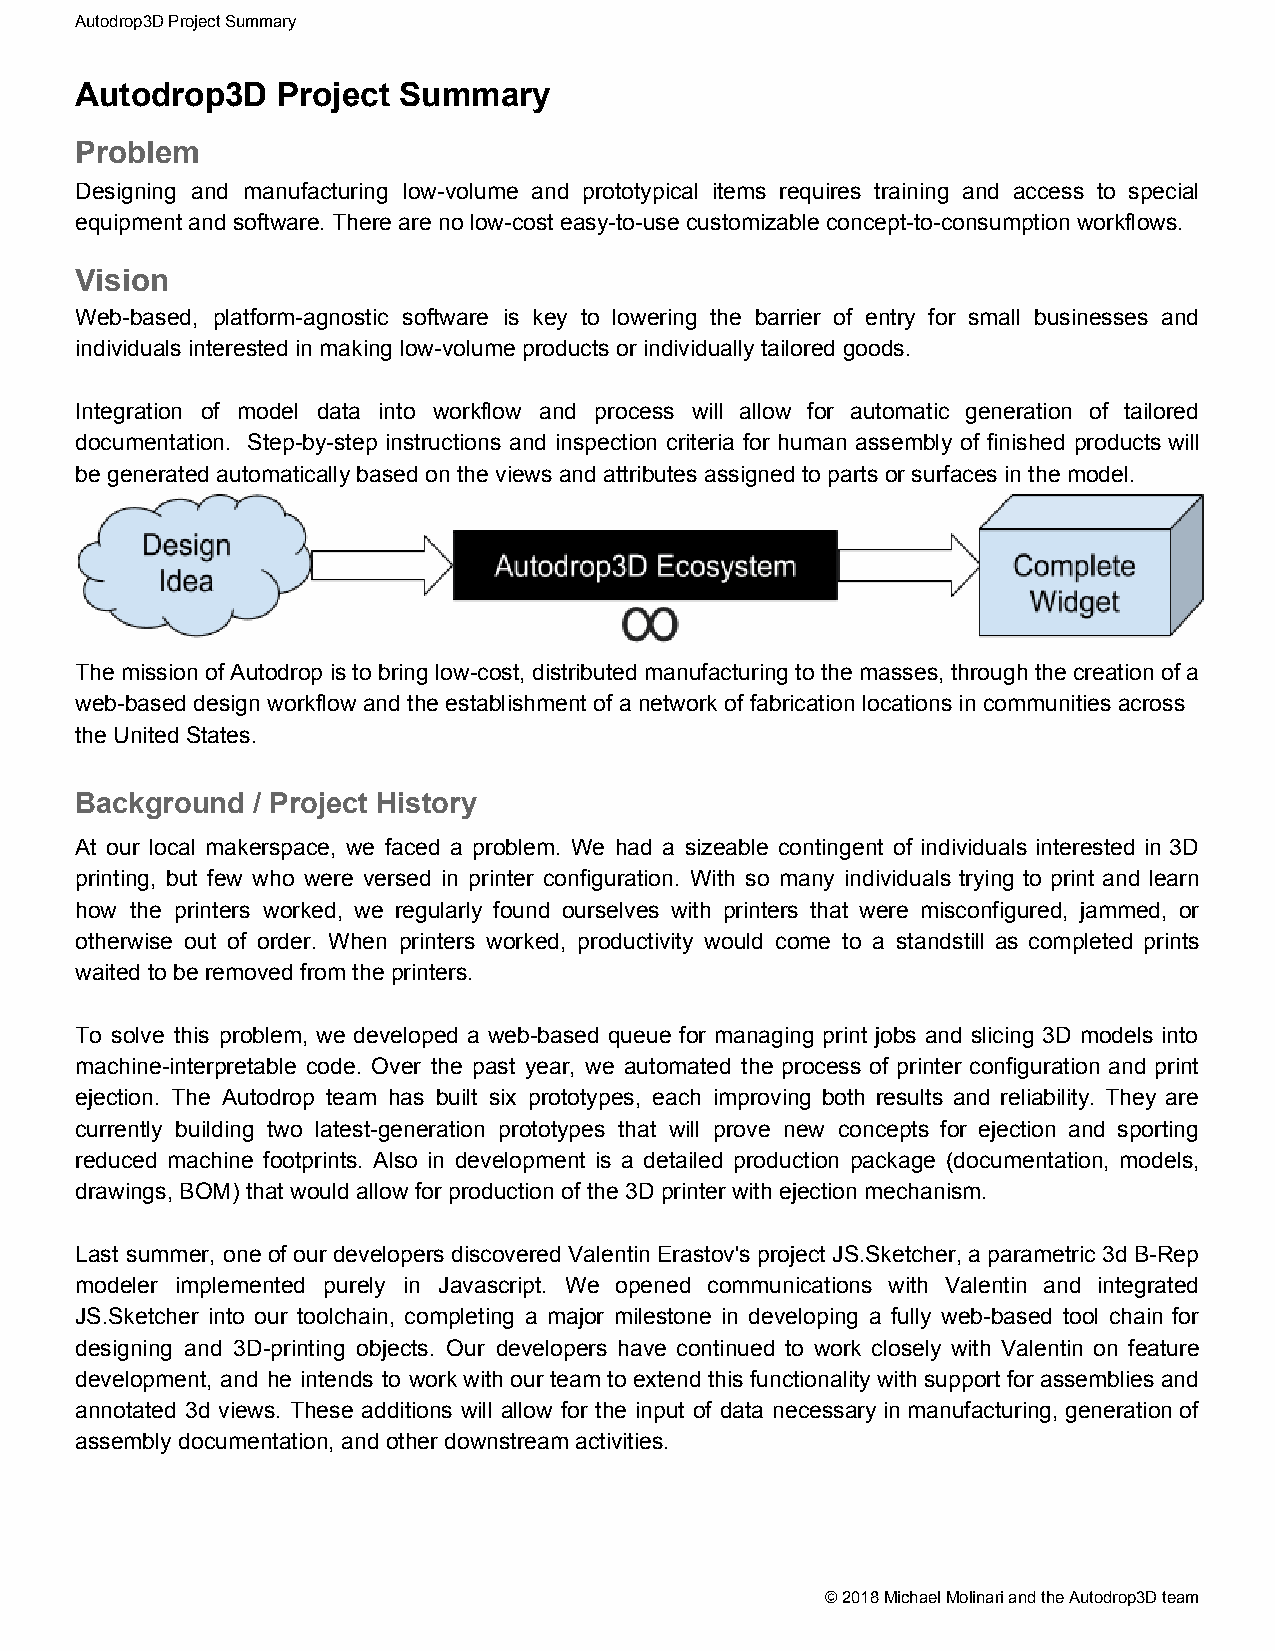
Autodrop3D Project Summary
 Autodrop3D   Project Summary
 Problem
 Designing and manufacturing low-volume and prototypical items requires training and access to special
 equipment and software. There are no low-cost easy-to-use customizable concept-to-consumption workflows.
 Vision
 Web-based, platform-agnostic software is key to lowering the barrier of entry for small businesses and
 individuals interested in making low-volume products or individually tailored goods.
 Integration of model data into workflow and process will allow for automatic generation of tailored
 documentation. Step-by-step instructions and inspection criteria for human assembly of finished products will
 be generated automatically based on the views and attributes assigned to parts or surfaces in the model.
 The mission of Autodrop is to bring low-cost, distributed manufacturing to the masses, through the creation of a
 web-based design workflow and the establishment of a network of fabrication locations in communities across
 the United States.
 Background  / Project History
 At our local makerspace, we faced a problem. We had a sizeable contingent of individuals interested in 3D
 printing, but few who were versed in printer configuration. With so many individuals trying to print and learn
 how the printers worked, we regularly found ourselves with printers that were misconfigured, jammed, or
 otherwise out of order. When printers worked, productivity would come to a standstill as completed prints
 waited to be removed from the printers.
 To solve this problem, we developed a web-based queue for managing print jobs and slicing 3D models into
 machine-interpretable code. Over the past year, we automated the process of printer configuration and print
 ejection. The Autodrop team has built six prototypes, each improving both results and reliability. They are
 currently building two latest-generation prototypes that will prove new concepts for ejection and sporting
 reduced machine footprints. Also in development is a detailed production package (documentation, models,
 drawings, BOM) that would allow for production of the 3D printer with ejection mechanism.
 Last summer, one of our developers discovered Valentin Erastov's project JS.Sketcher, a parametric 3d B-Rep
 modeler implemented purely in Javascript. We opened communications with Valentin and integrated
 JS.Sketcher into our toolchain, completing a major milestone in developing a fully web-based tool chain for
 designing and 3D-printing objects. Our developers have continued to work closely with Valentin on feature
 development, and he intends to work with our team to extend this functionality with support for assemblies and
 annotated 3d views. These additions will allow for the input of data necessary in manufacturing, generation of
 assembly documentation, and other downstream activities.
 © 2018 Michael Molinari and the Autodrop3D team